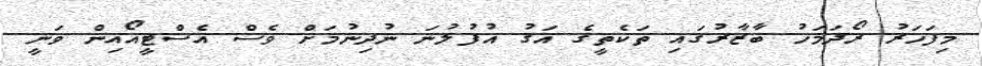
މިފަހަރު ރޯދަމަހު ބާޒާރުގައި ތަކެތީގެ އަގު އުފުލުނަ ނުދިނުމަށް ވެސް އެސްޓީއޯއިން ވަނީ